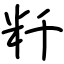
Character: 粁